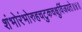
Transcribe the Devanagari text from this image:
शंभोरंभोरुहचटुकचक्षुर्विजयते॥४॥